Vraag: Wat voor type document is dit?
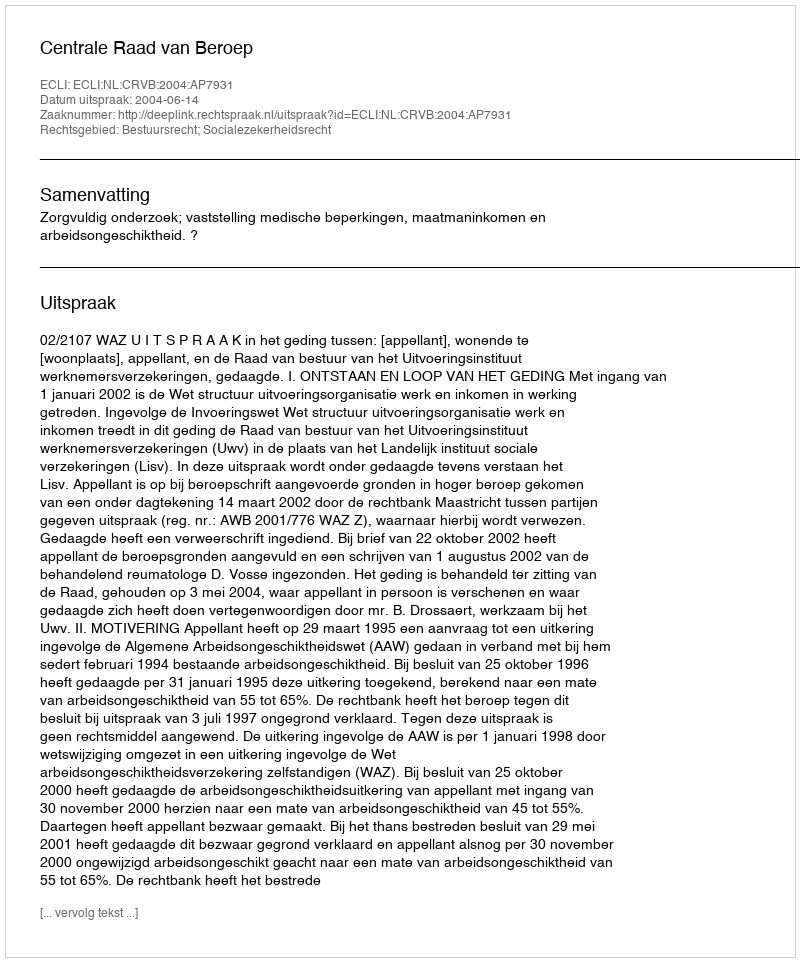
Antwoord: Uitspraak